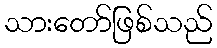
သားတော်ဖြစ်သည်